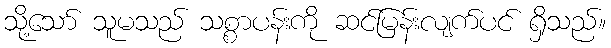
သို့သော် သူမသည် သစ္စာပန်းကို ဆင်မြန်းလျက်ပင် ရှိသည်။